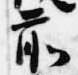
前